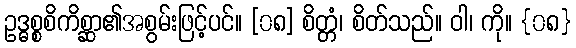
ဥဒ္ဓစ္စစိကိစ္ဆာ၏အစွမ်းဖြင့်ပင်။ [၀၈] စိတ္တံ၊ စိတ်သည်။ ဝါ၊ ကို။ {၀၈}